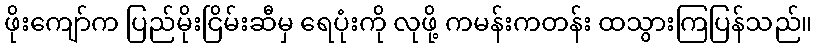
ဖိုးကျော်က ပြည်မိုးငြိမ်းဆီမှ ရေပုံးကို လုဖို့ ကမန်းကတန်း ထသွားကြပြန်သည်။